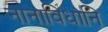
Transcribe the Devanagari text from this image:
नानाविधानि